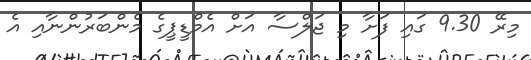
މިރޭ 9.30 ގައި ފަށާ މި ޖަލްސާ އަށް އެމްޑީޕީގެ މެންބަރުންނާއި އެ